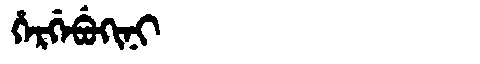
Manchu: ᡥᡝᡵᡤᡝᠪᡠᡴᡳᠨᡳ
Romanization: HERGEBUKINI